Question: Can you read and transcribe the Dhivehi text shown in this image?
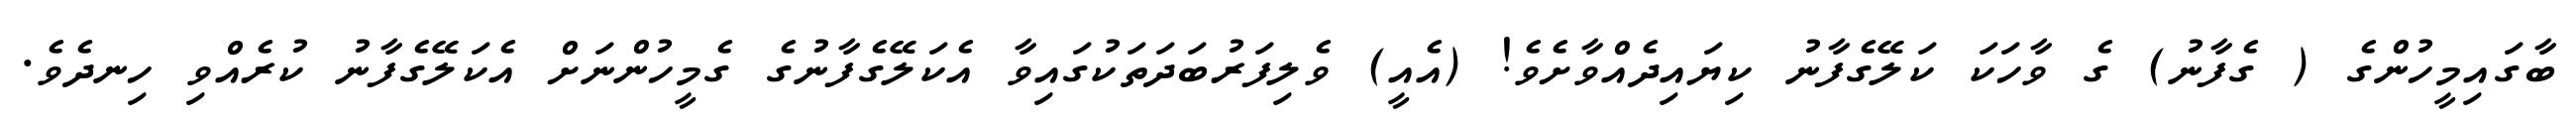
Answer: ބާގައިމީހުންގެ ( ގެފާނު) ގެ ވާހަކަ ކަލޭގެފާނު ކިޔައިދެއްވާށެވެ! (އެއީ) ވެލިފަރުބަދަތަކުގައިވާ އެކަލޭގެފާނުގެ ގެމީހުންނަށް އެކަލޭގެފާނު ކުރެއްވި ހިނދެވެ.